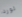
لورد